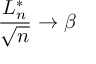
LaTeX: { \frac { L _ { n } ^ { * } } { \sqrt { n } } } \rightarrow \beta